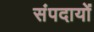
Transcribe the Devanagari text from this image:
संपदायों